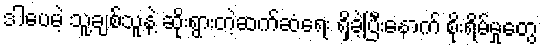
ဒါပေမဲ့ သူ့ချစ်သူနဲ့ ဆိုးရွားတဲ့ဆက်ဆံရေး ရှိခဲ့ပြီးနောက် စိုးရိမ်မှုတွေ